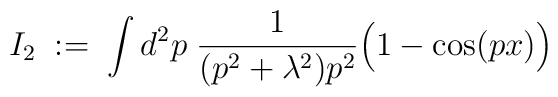
I_2 \; := \; \int d^2p \; \frac{1}{(p^2 + \lambda^2) p^2}\Big(1 - \cos(px)\Big)